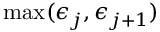
\operatorname* { m a x } ( \epsilon _ { j } , \epsilon _ { j + 1 } )